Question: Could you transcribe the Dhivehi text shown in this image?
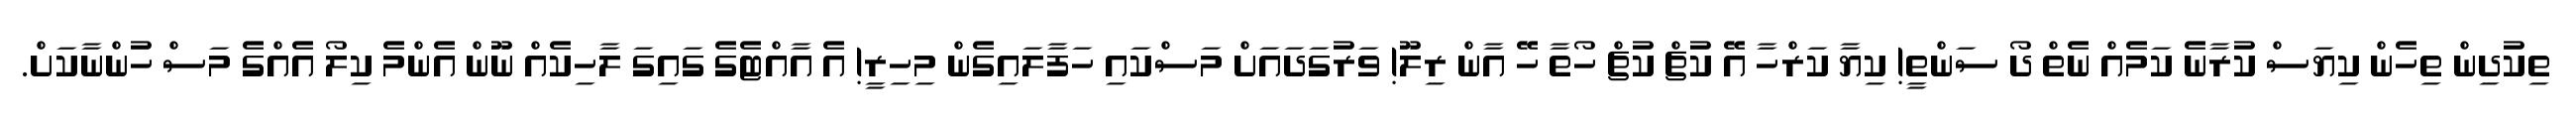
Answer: ތިކުދިން ތިހެން ކިޔަސް ކުރާނެ ކަމެއް ނެތް ދޯ ސަންތީ! ކިޔާ ކަރްހާ އޭ ކުޗް ކުޗް ހޯތާ ހޭ އާން ރިލޫ! ވަރުގަދައަށް މަސްކައި ހަފާލައިގެން މިހިރީ! އެ އާއްޓެގެ ގައިގަ ލާހިކެއް ނޫން އެންމެ ކިލޯ އެއްގެ މަސް ހުންނާކަށް.